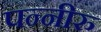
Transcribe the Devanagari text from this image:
पन्नीरु